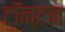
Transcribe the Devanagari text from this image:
टॉन्टन